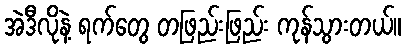
အဲဒီလိုနဲ့ ရက်တွေ တဖြည်းဖြည်း ကုန်သွားတယ်။